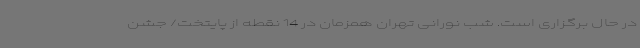
در حال برگزاری است. شب نورانی تهران همزمان در 14 نقطه از پایتخت/ جشن